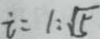
i = 1 : \sqrt { 5 }